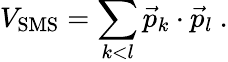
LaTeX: V_{\mathrm{SMS}}=\sum_{k<l}\vec{p}_{k}\cdot\vec{p}_{l}\ .